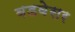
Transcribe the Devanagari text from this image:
बडवेसर